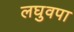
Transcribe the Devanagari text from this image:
लघुवपा